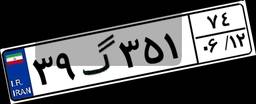
۳۹گ۳۵۱۷۴